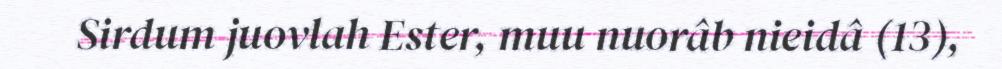
Sirdum juovlah Ester, muu nuorâb nieidâ (13),